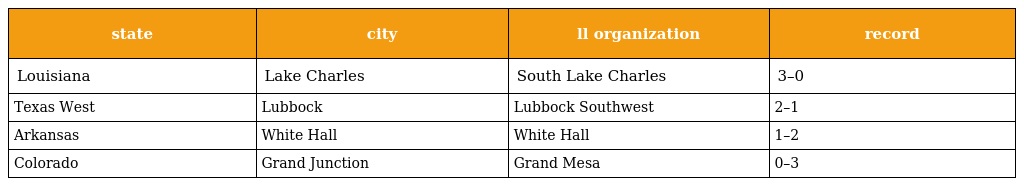
| state | city | ll organization | record |
 | --- | --- | --- | --- |
 | Louisiana | Lake Charles | South Lake Charles | 3–0 |
 | Texas West | Lubbock | Lubbock Southwest | 2–1 |
 | Arkansas | White Hall | White Hall | 1–2 |
 | Colorado | Grand Junction | Grand Mesa | 0–3 |